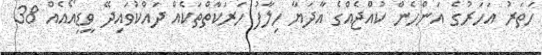
ހަތަރު އަހަރުގެ އަންހެން ކުއްޖެއްގެ އާދަޔާ ހިލާފު ހަރަކާތްތަކެއް ދައްކުވައިދޭ ވީޑިއޯއެއް 38